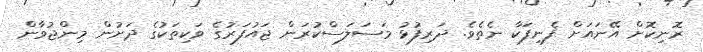
ރޮނިކޮށް އޭނައަށް ފެނިފަކާ ނެތެވެ. ދަރިފުޅު މަސަލަސްކުރަން ޖައުފަރުގެ ވަކިތަކުގެ ދަށުން މިންޖުވާން